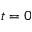
t = 0